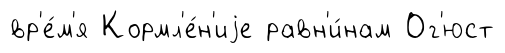
вр'е́м'я Кормл'е́н'иjе равн'и́нам Ог'юст